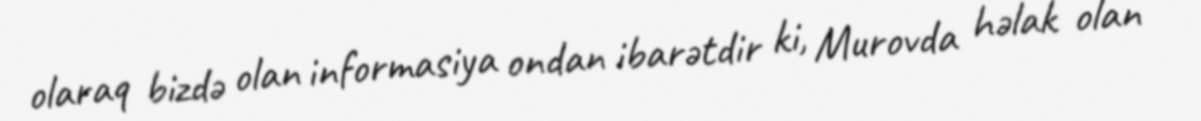
olaraq bizdə olan informasiya ondan ibarətdir ki, Murovda həlak olan